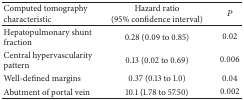
| Computed tomography characteristic | Hazard ratio (95% confidence interval) | P |
 | --- | --- | --- |
 | Hepatopulmonary shunt fraction | 0.28 (0.09 to 0.85) | 0.02 |
 | Central hypervascularity pattern | 0.13 (0.02 to 0.69) | 0.006 |
 | Well-defined margins | 0.37 (0.13 to 1.0) | 0.04 |
 | Abutment of portal vein | 10.1 (1.78 to 57.50) | 0.002 |